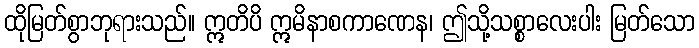
ထိုမြတ်စွာဘုရားသည်။ ဣတိပိ ဣမိနာစကာဏေန၊ ဤသို့သစ္စာလေးပါး မြတ်သော